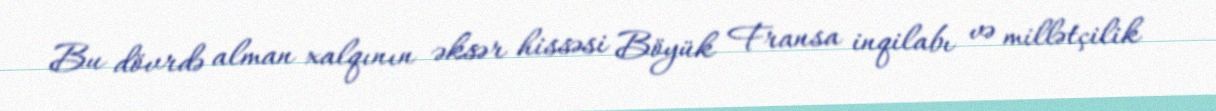
Bu dövrdə alman xalqının əksər hissəsi Böyük Fransa inqilabı və millətçilik